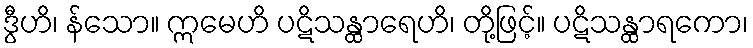
ဒွီဟိ၊ န်သော။ ဣမေဟိ ပဋိသန္ထာရေဟိ၊ တို့ဖြင့်။ ပဋိသန္ထာရကော၊